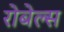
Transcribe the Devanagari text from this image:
रोबेल्स